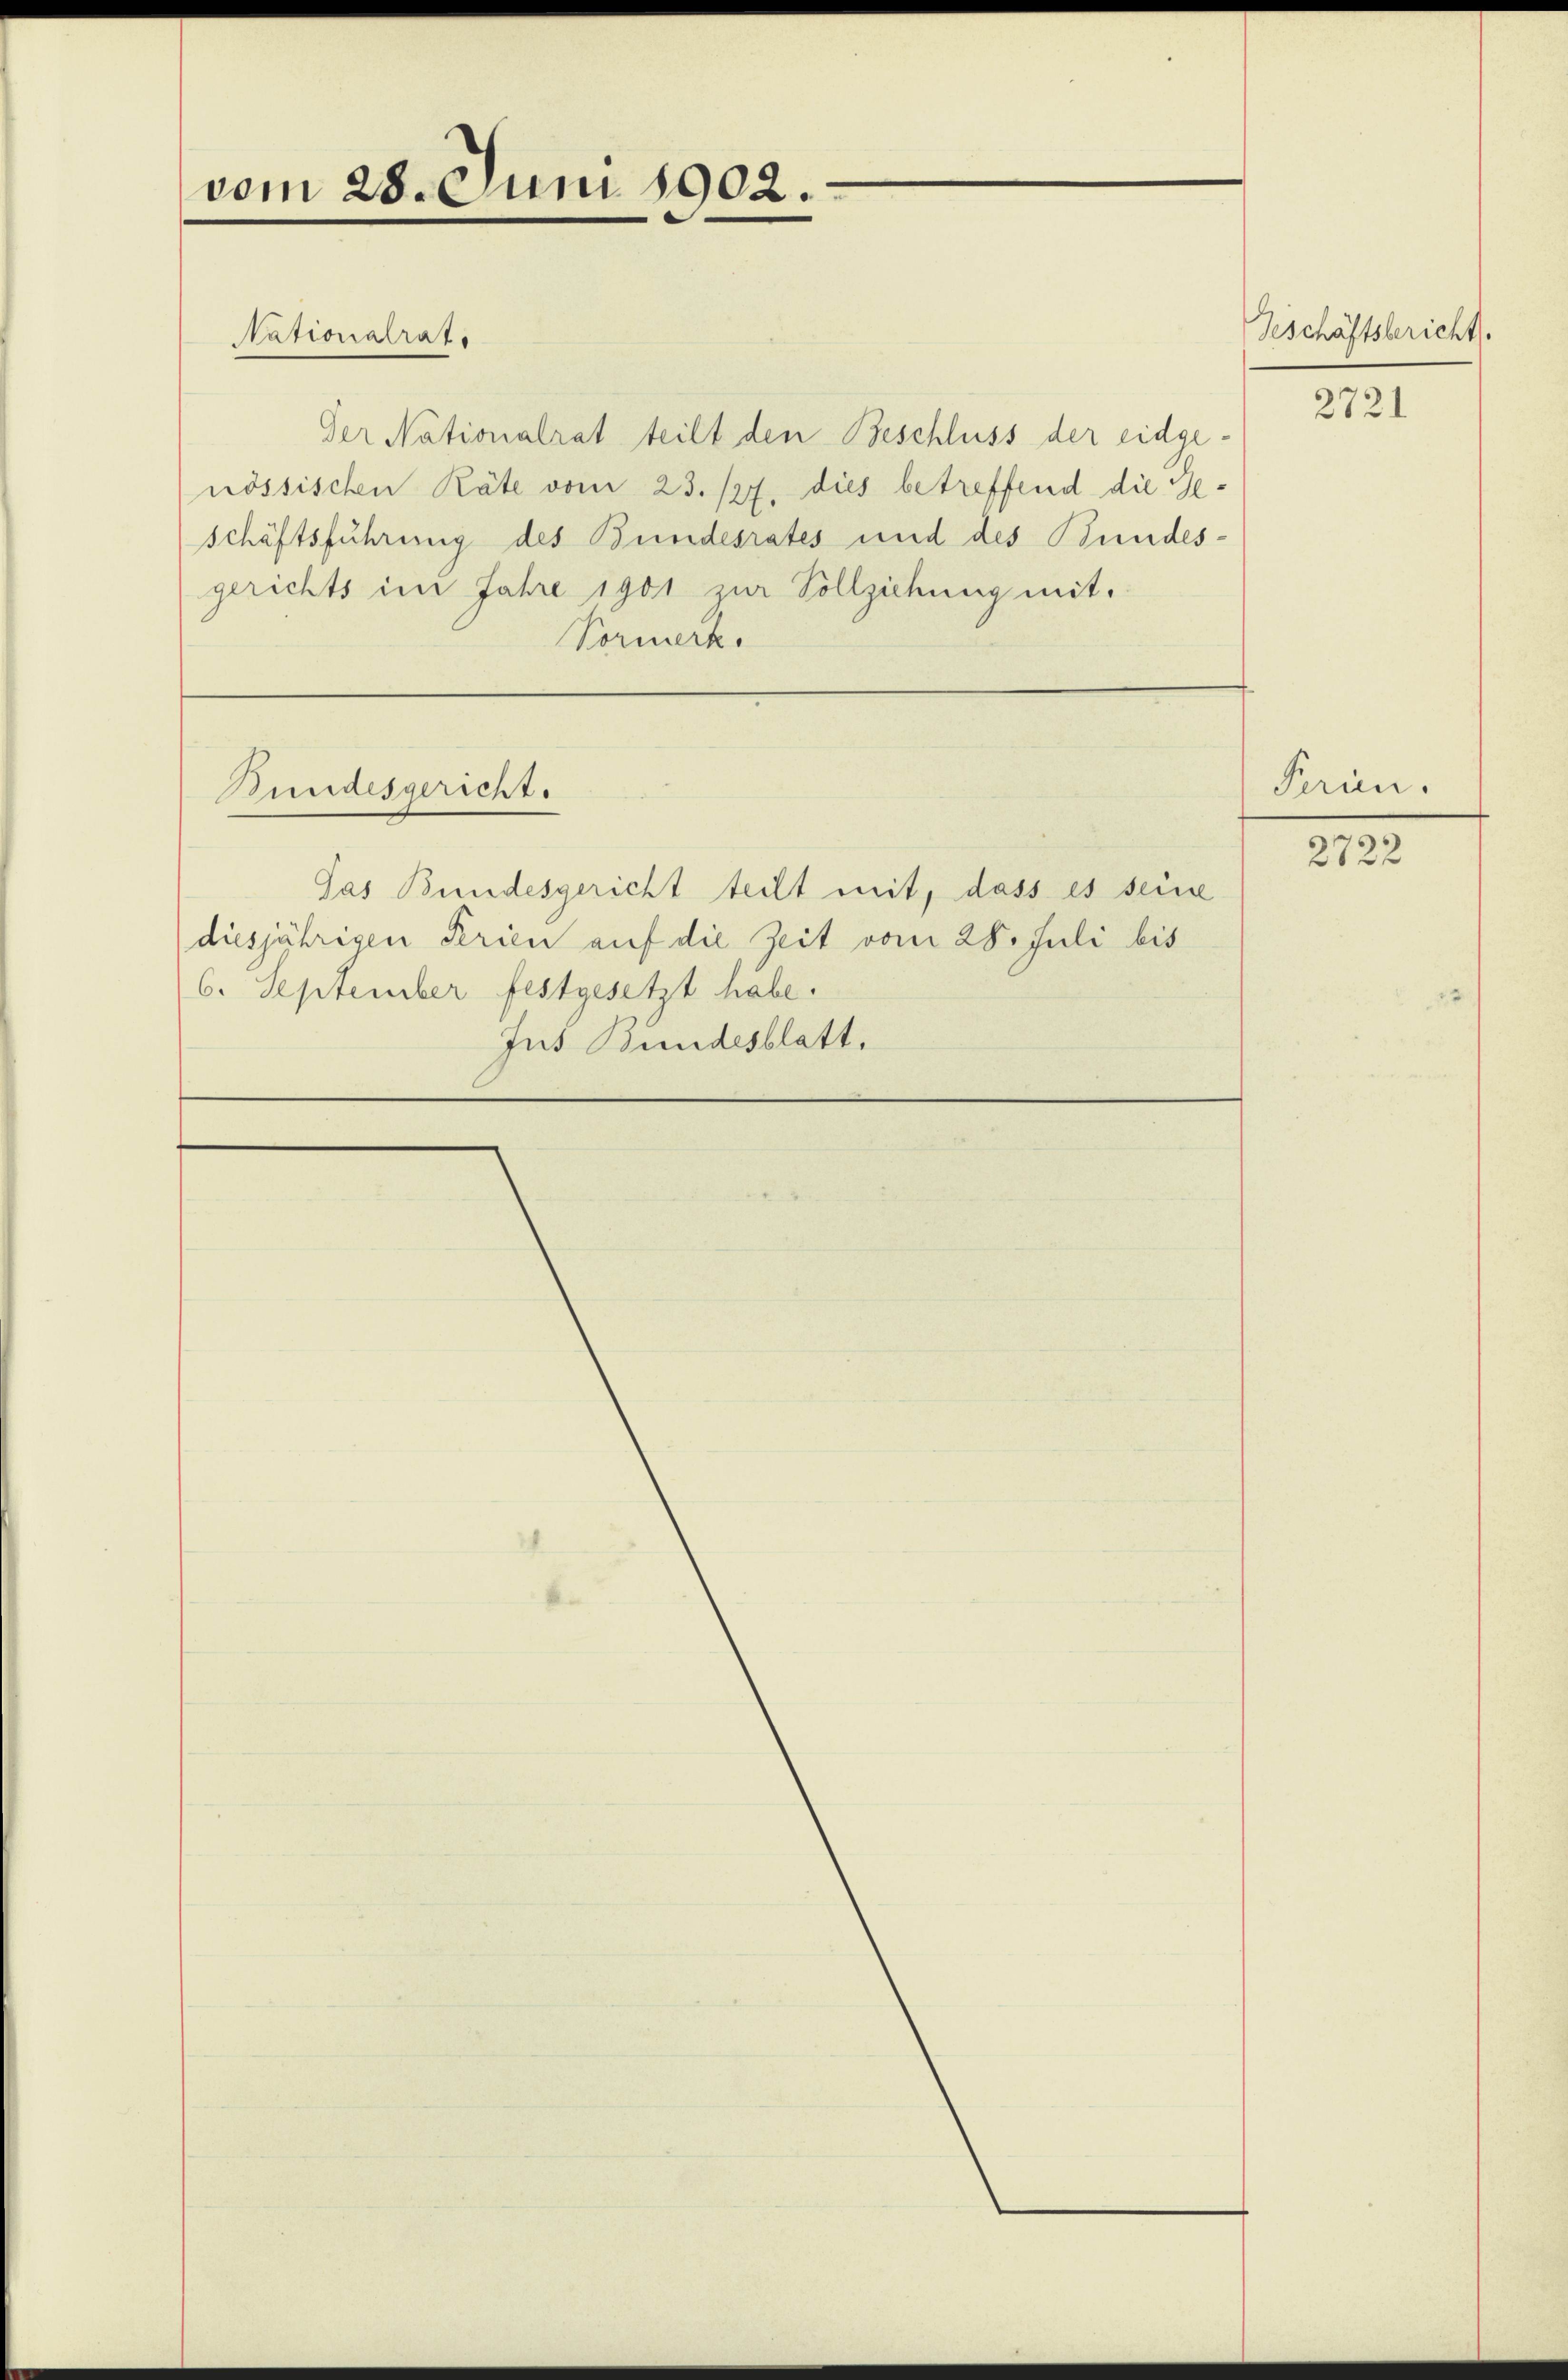
vom 28. Juni 1902.

Der Nationalrat teilt den Beschluss der eidge-
nössischen Räte vom 23. 12. dies betreffend die Geschäftsführung des Bundesrates und des Bundes-
gerichts im Jahre 1901 zur Vollziehung mit.
Vormerk

Nationalrat,

Bundesgericht.

Jas Bundesgericht teilt mit, dass es seine
diesjährigen Perien auf die Zeit vom 28. Juli bis
6. September festgesetzt habe.
Jus Bindesblatt.

Geschäftsbericht.

2721

Perin.

2722